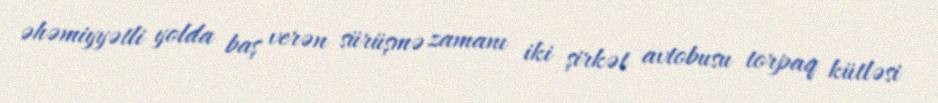
əhəmiyyətli yolda baş verən sürüşmə zamanı iki şirkət avtobusu torpaq kütləsi